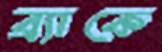
ব্র্যাকে